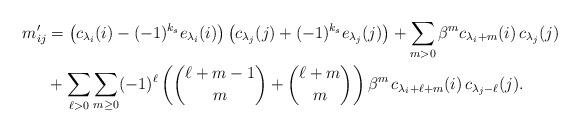
LaTeX: \begin{align*} m'_{ij} &= \big( c_{\lambda_i}(i) - (-1)^{k_s} e_{\lambda_i}(i) \big)\,\big( c_{\lambda_j}(j) + (-1)^{k_s} e_{\lambda_j}(j) \big)+ \sum_{m>0} \beta^m c_{\lambda_i+m}(i)\,c_{\lambda_j}(j) \\ & + \sum_{\ell>0} \sum_{m\geq 0} (-1)^\ell \left( \binom{\ell+m-1}{m} + \binom{\ell+m}{m} \right) \beta^{m}\, c_{\lambda_i+\ell+m}(i)\, c_{\lambda_j-\ell}(j) . \end{align*}